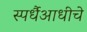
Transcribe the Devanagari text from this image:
स्पर्धैआधीचे